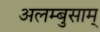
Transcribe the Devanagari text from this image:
अलम्बुसाम्